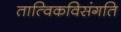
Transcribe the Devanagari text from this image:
तात्विकविसंगति